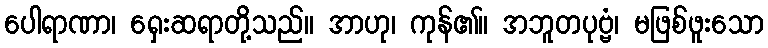
ပေါရာဏာ၊ ရှေးဆရာတို့သည်။ အာဟု၊ ကုန်၏။ အဘူတပုဗ္ဗံ၊ မဖြစ်ဖူးသော